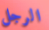
الرجل